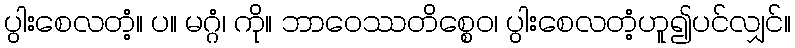
ပွါးစေလတံ့။ ပ။ မဂ္ဂံ၊ ကို။ ဘာဝေဿတိစ္စေဝ၊ ပွါးစေလတံ့ဟူ၍ပင်လျှင်။